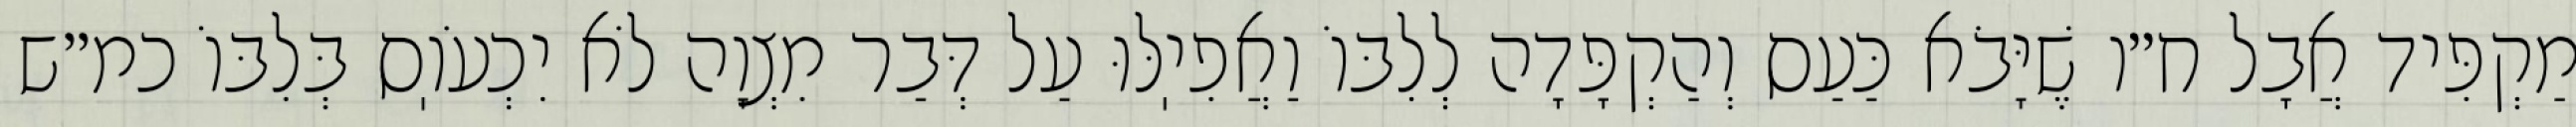
מַקְפִּיד אֲבָל ח״ו שֶׁיָּבֹא כַּעַס וְהַקְפָּדָה לְלִבּוֹ וַאֲפִיֽלּוּ עַל דְּבַר מִצְוָה לֹא יִכְעֹוֽס בְּלִבּוֹ כמ״ש